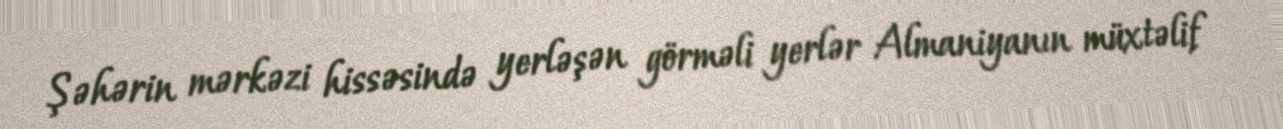
Şəhərin mərkəzi hissəsində yerləşən görməli yerlər Almaniyanın müxtəlif